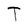
Character: T